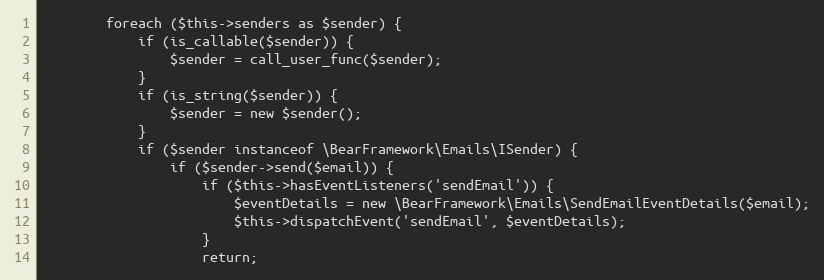
Language: PHP
        foreach ($this->senders as $sender) {
            if (is_callable($sender)) {
                $sender = call_user_func($sender);
            }
            if (is_string($sender)) {
                $sender = new $sender();
            }
            if ($sender instanceof \BearFramework\Emails\ISender) {
                if ($sender->send($email)) {
                    if ($this->hasEventListeners('sendEmail')) {
                        $eventDetails = new \BearFramework\Emails\SendEmailEventDetails($email);
                        $this->dispatchEvent('sendEmail', $eventDetails);
                    }
                    return;